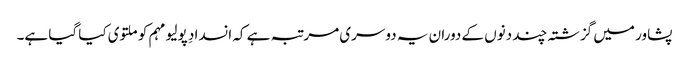
پشاور میں گزشتہ چند دنوں کے دوران یہ دوسری مرتبہ ہے کہ انسدادِ پولیو مہم کو ملتوی کیا گیا ہے۔